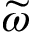
\widetilde { \omega }